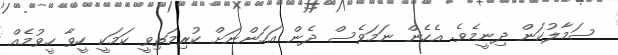
ސަމާލުކަން ދިނީމެވެ. އެހެން ނަމަވެސް ދެން އަހަންނަށް ކުރިމަތިވީ ކަމަކީ ހީވާ ހީވުމެއް